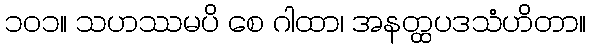
၁၀၁။ သဟဿမပိ စေ ဂါထာ၊ အနတ္ထပဒသံဟိတာ။